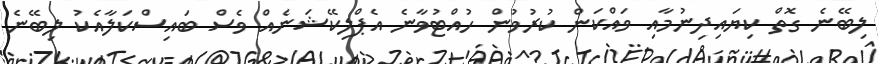
ލިބޭނެ ގޮތް ކިޔައިދިނުމާއި ވައްކަން ކުރުވުން ހުއްޓުވާނެ އެޕްލިކޭޝަނެއް ވެސް ބައިސްކަލާއެކު ލިބޭނެ